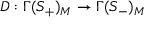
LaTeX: D : \Gamma ( S _ { + } ) _ { M } \rightarrow \Gamma ( S _ { - } ) _ { M }